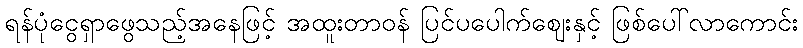
ရန်ပုံငွေရှာဖွေသည့်အနေဖြင့် အထူးတာဝန် ပြင်ပပေါက်ဈေးနှင့် ဖြစ်ပေါ်လာကောင်း